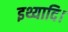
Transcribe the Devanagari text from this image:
इथ्यादि।